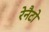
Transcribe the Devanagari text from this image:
रेनैटो